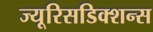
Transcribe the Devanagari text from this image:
ज्यूरिसडिक्शन्स